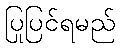
ပြုပြင်ရမည်